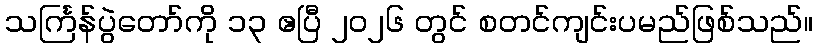
သင်္ကြန်ပွဲတော်ကို ၁၃ ဧပြီ ၂၀၂၆ တွင် စတင်ကျင်းပမည်ဖြစ်သည်။